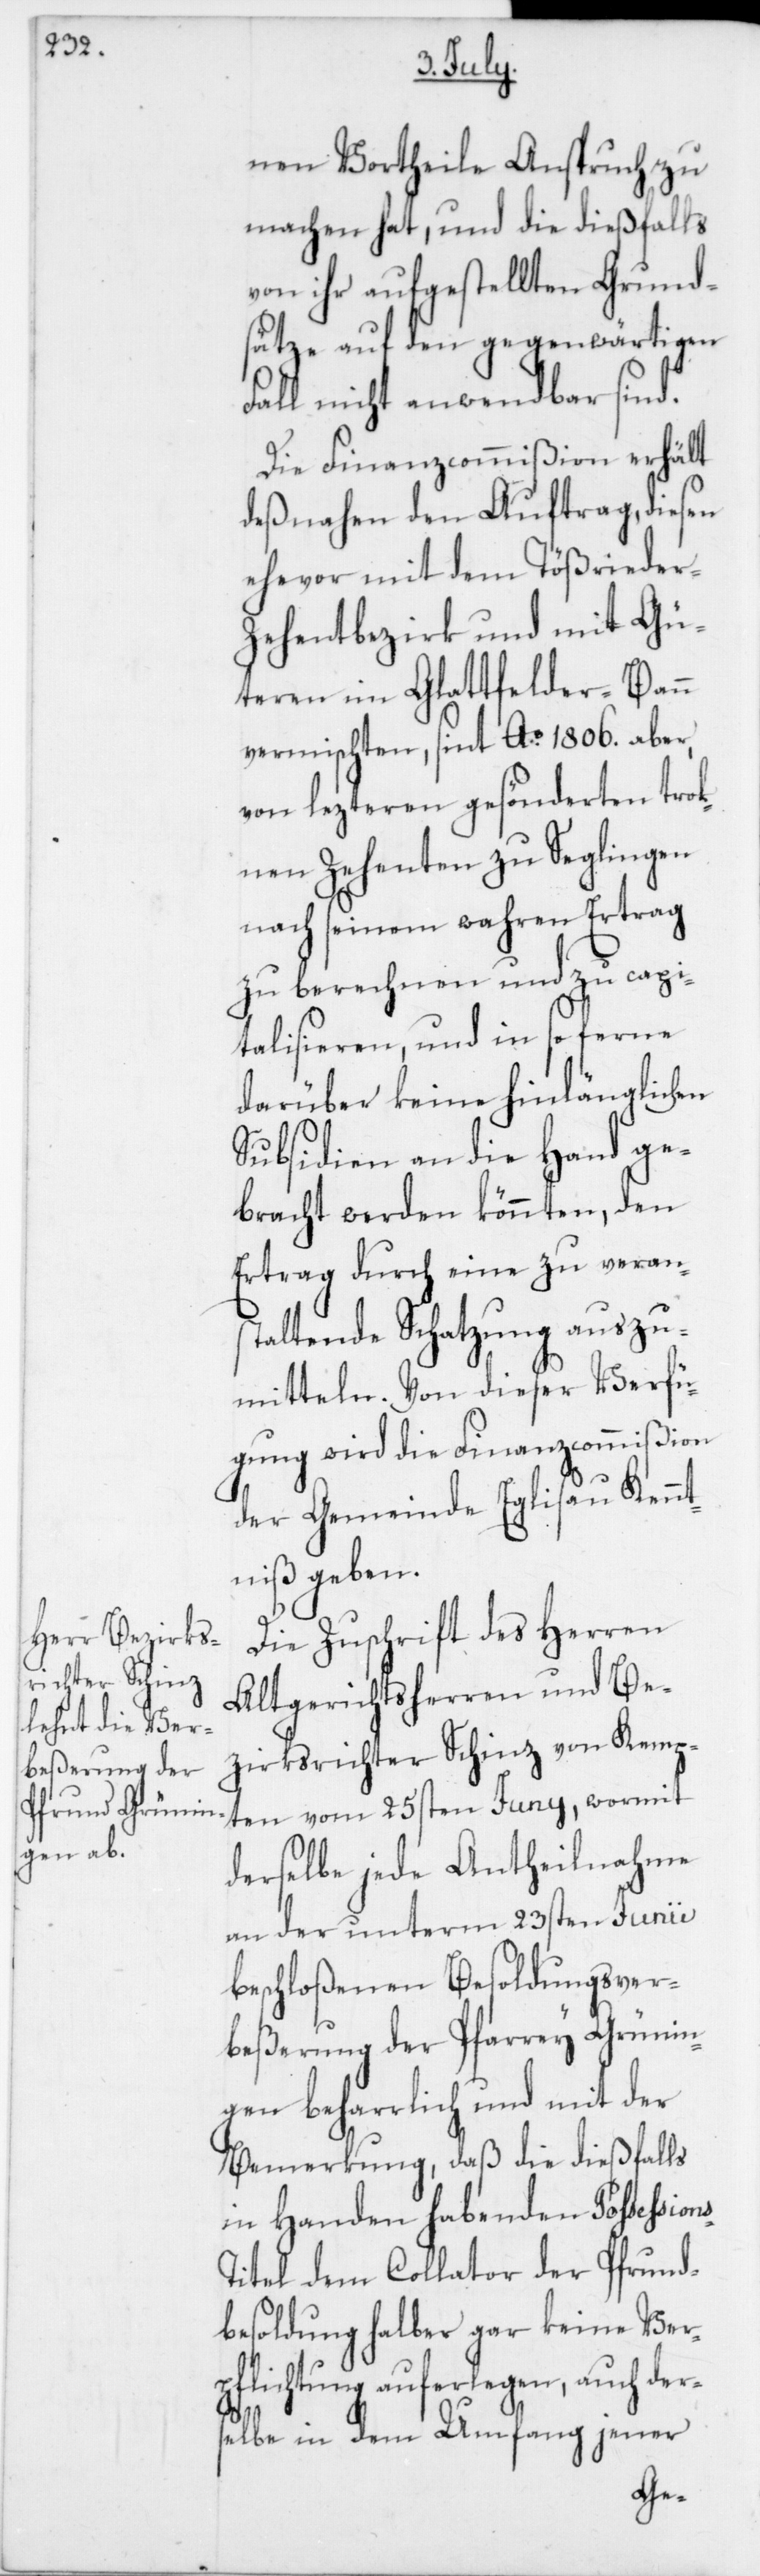
nen Vortheile Anspruch zu
machen hat, und die dießfalls
von ihr aufgestellten Grund¬
sätze auf den gegenwärtigen
Fall nicht anwendbar sind.
Die Finanzcommißion erhält
deßnahen den Auftrag, diesen
ehevor mit dem Tößrieder-Z¬
ehentbezirk und mit Gü¬
teren im Glattfelder-Bann
vermischten, sint Ao 1806. aber,
von lezteren gesöndereten trok¬
nen Zehenten zu Seglingen
nach seinem wahren Ertrag
zu berechnen und zu capi¬
talisieren, und in so ferne
darüber keine hinlänglichen
Subsidien an die Hand ge¬
bracht werden könnten, den
Ertrag durch eine zu verans¬
taltende Schatzung auszu¬
mitteln. Von dieser Verfü¬
gung wird die Finanzcommißion
der Gemeinde Eglisau Kennt¬
niß geben.
Die Zuschrift des Herren
Altgerichtsherren und Be¬
zirksrichter Schinz von Kemp¬
ten vom 25sten Juny, wormit
derselbe jede Antheilnahme
an der unterm 23sten Junii
beschloßenen Besoldungsver¬
beßerung der Pfarrey Grünin¬
gen beharrlich und mit der
Bemerkung, daß die dießfalls
in Handen habenden Possssion¬
itel dem Collator der Pfrund¬
besoldung halber gar keine Ver¬
pflichtung auferlegen, auch der¬
selbe in dem Umfang jener
s-T¬